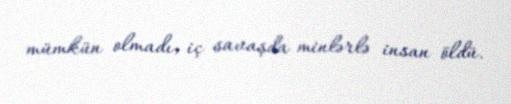
mümkün olmadı, iç savaşda minlərlə insan öldü.